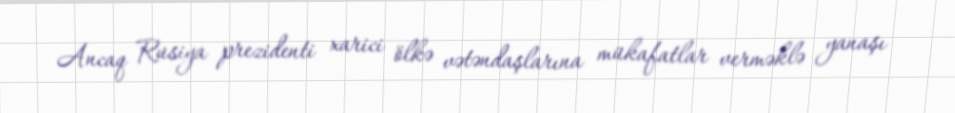
Ancaq Rusiya prezidenti xarici ölkə vətəndaşlarına mükafatlar verməklə yanaşı